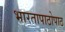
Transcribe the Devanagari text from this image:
भारतापाठोपाठ